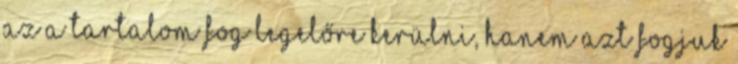
az a tartalom fog legelőre kerülni, hanem azt fogjuk